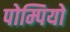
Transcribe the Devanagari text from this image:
पोम्पियो